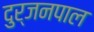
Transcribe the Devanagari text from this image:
दुर्जनपाल